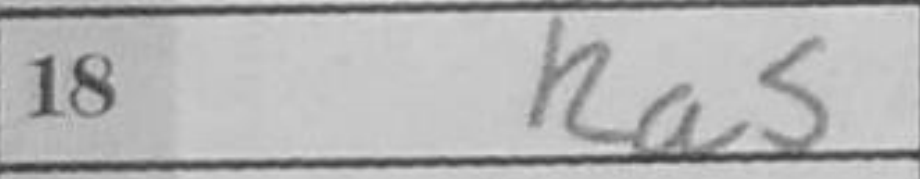
Transcription: Ra5